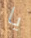
يا